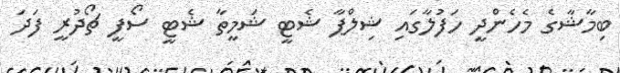
ބިމާޝާގެ މެހެންދީ ހަފުލާގައި ޝިލްޕާ ޝެޓީ ޝަމީތާ ޝެޓީ ސޯފީ ޗޯދުރީ ފަދަ